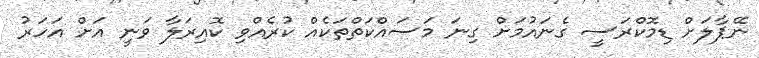
ނޭޕާލަށް ޑިމޮކްރަސީ ގެނައުމަށް ގިނަ މަސައްކަތްތަކެއް ކުރެއްވި ކޮއިރަލާ ވަނީ އަށް އަހަރު